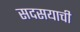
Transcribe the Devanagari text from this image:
सदसयाची